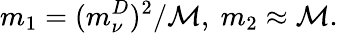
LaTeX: m_{1}={(m_{\nu}^{D})^{2}}/{\cal M},\ m_{2}\approx{\cal M}.